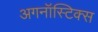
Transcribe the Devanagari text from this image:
अगनॉस्टिक्स